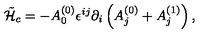
\tilde { \cal H } _ { c } = - A _ { 0 } ^ { ( 0 ) } \epsilon ^ { i j } \partial _ { i } \left( A _ { j } ^ { ( 0 ) } + A _ { j } ^ { ( 1 ) } \right) ,